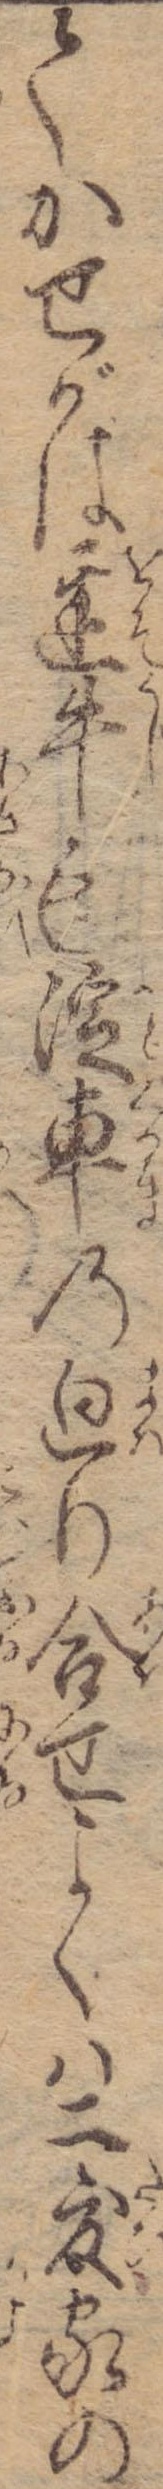
てかせがは遅牛も淀車の廻り合せよくは二度家の